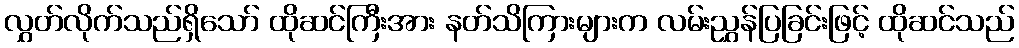
လွှတ်လိုက်သည်ရှိသော် ထိုဆင်ကြီးအား နတ်သိကြားများက လမ်းညွှန်ပြခြင်းဖြင့် ထိုဆင်သည်